Report on vaccination in Madras 1922-1929 - 1922-1929
Year: 1922
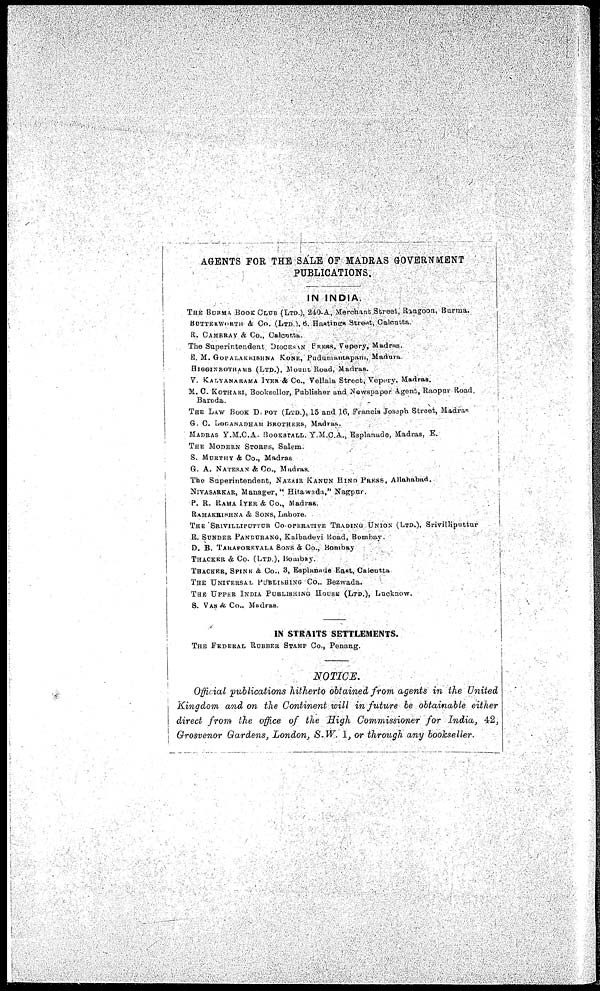
AGENTS FOR THE SALE OF MADRAS GOVERNMENT
PUBLICATIONS.
IN INDIA.
THE BURMA BOOK CLUB (LTD.), 240-A, Merchant Street, Rangoon, Burma.
BUTTERWORTH & CO. (LTD.), 6. Hantings Street, Calcutta.
R. CAMBRAY & CO., Calcutta.
The Superintendent DIOCESAN PRESS, Vepery, Madras.
B. M. GOPALAKRISHNA KONE, Pudumantapam, Madura.
HIGGINBOTHAMS (LTD.), Mount Road, Madras.
V. KALYANARAMA IYER & CO., Vellala Street, Vepery. Madras.
34. C. KOTHARI, Booksellor, Publisher and Newspaper Agent, Raopur Road,
Baroda.
THE LAW BOOK DEPOT (LTD.), 15 and 16, Francis Joseph Street, Madras
G. C. LOGANADHAM BROTHERS, Madras.
MADRAS Y.M.C.A. BOOKSTALL. Y.M.C.A., Esplanade, Madras, E.
THE MODERN STORES, Salem.
S. MURTHY & CO., Madras
G. A. NATESAN & CO., Madras.
The Superintendent, NAZAIR KANUN HIND PRESS, Allahabad.
NITASARKAR, Manager, " Hitawada," Nagpur.
P. R. RAMA IYER & CO., Madras.
RAMAKRISHNA & SONS, Lahore.
THE SRIVILLIPUTTUR COOPERATIVE TRADING UNIAN (LTD.), Srivilliputtur
R. SUNDER PANDURANG, Kalbadevi Road, Bombay.
D. B. TARAPOREVALA SONS & Co., Bombay
THACKER & Co. (LTD.), Bombay.
THACKER, SPINK & Co., 3, Esplanade East, Calcutta
THE UNIVERSAL PUBLISHING CO., Bezwada.
THE UPPER INDIA PUBLISHING HOUSE (LTD.), Lucknow.
S. VAS & Co., Madras.
IN STRAITS SETTLEMENTS.
THE FEDERAL ROBBER STAMP Co., Penang.
NOTICE.
Official publications hitherto obtained from agents in the United
Kingdom and on the Continent will in future be obtainable either
direct from the office of the High Commissioner for India. 42,
Grosvenor Gardens, London, S-W. 1, or through any bookseller.